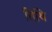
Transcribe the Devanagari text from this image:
तिथि